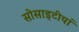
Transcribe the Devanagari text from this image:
सोसाइटीयां